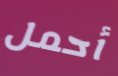
أحمل